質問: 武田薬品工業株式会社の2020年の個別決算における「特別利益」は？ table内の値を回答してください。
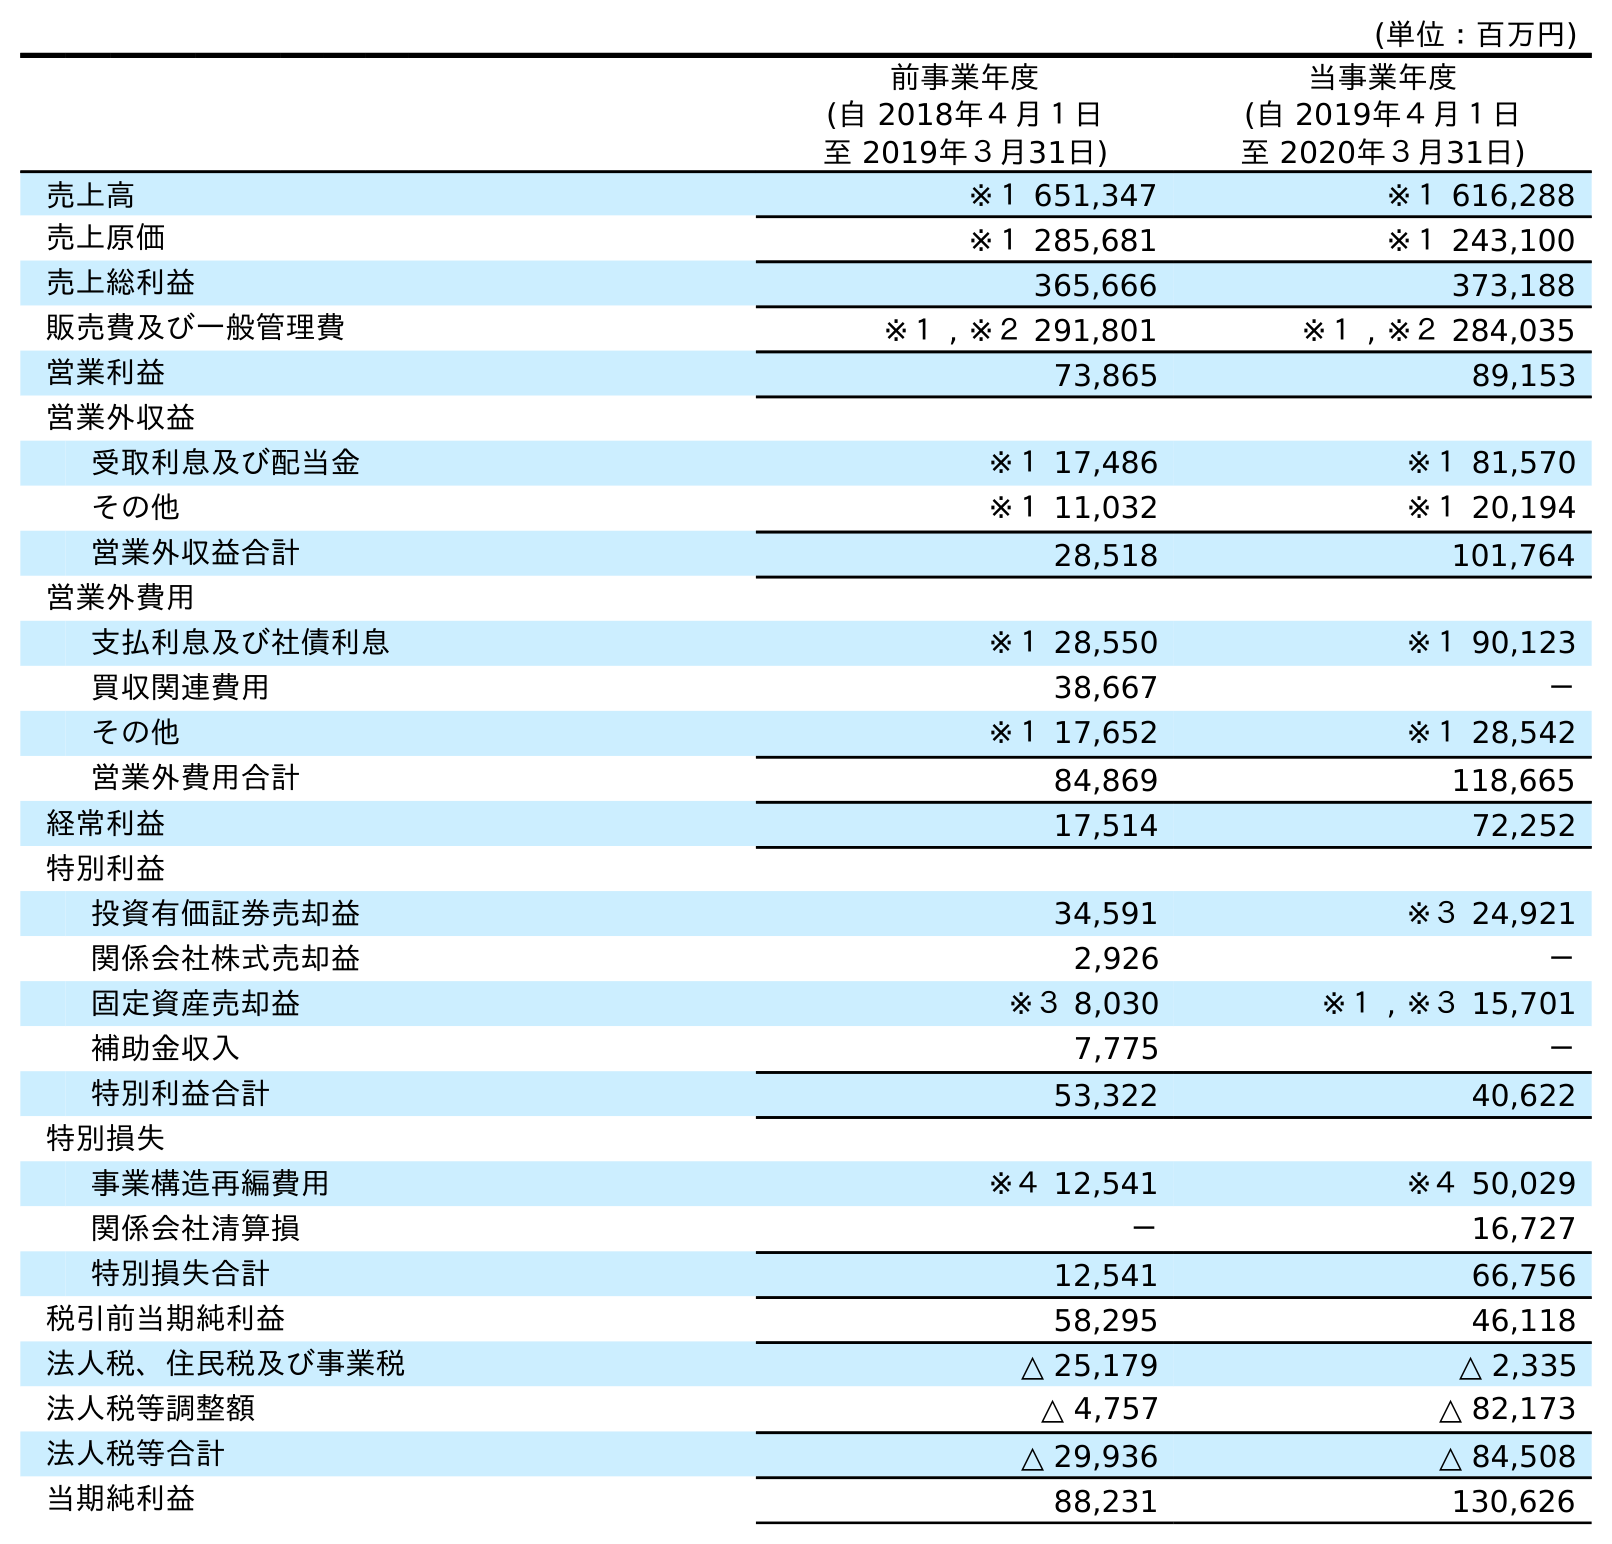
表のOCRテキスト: (単位：百万円) 前事業年度 (自 2018年４月１日 至 2019年３月31日) 当事業年度 (自 2019年４月１日 至 2020年３月31日) 売上高 ※１ 651,347 ※１ 616,288 売上原価 ※１ 285,681 ※１ 243,100 売上総利益 365,666 373,188 販売費及び一般管理費 ※１ , ※２ 291,801 ※１ , ※２ 284,035 営業利益 73,865 89,153 営業外収益 受取利息及び配当金 ※１ 17,486 ※１ 81,570 その他 ※１ 11,032 ※１ 20,194 営業外収益合計 28,518 101,764 営業外費用 支払利息及び社債利息 ※１ 28,550 ※１ 90,123 買収関連費用 38,667 － その他 ※１ 17,652 ※１ 28,542 営業外費用合計 84,869 118,665 経常利益 17,514 72,252 特別利益 投資有価証券売却益 34,591 ※３ 24,921 関係会社株式売却益 2,926 － 固定資産売却益 ※３ 8,030 ※１ , ※３ 15,701 補助金収入 7,775 － 特別利益合計 53,322 40,622 特別損失 事業構造再編費用 ※４ 12,541 ※４ 50,029 関係会社清算損 － 16,727 特別損失合計 12,541 66,756 税引前当期純利益 58,295 46,118 法人税、住民税及び事業税 △ 25,179 △ 2,335 法人税等調整額 △ 4,757 △ 82,173 法人税等合計 △ 29,936 △ 84,508 当期純利益 88,231 130,626
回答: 40,622